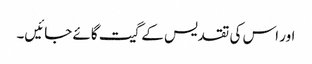
اور اس کی تقدیس کے گیت گائے جائیں۔